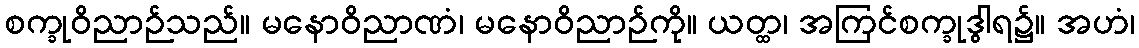
စက္ခုဝိညာဉ်သည်။ မနောဝိညာဏံ၊ မနောဝိညာဉ်ကို။ ယတ္ထ၊ အကြင်စက္ခုဒွါရ၌။ အဟံ၊